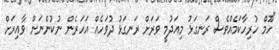
"ހޫމް ހުރިހާކަމެއްވެސް ރަނގަޅު މިއަދުމީ ވަރަށް ރަނގަޅު ދުވަހެއް އަހަރެން ނުކުންނަން ވާއިރަށް